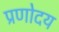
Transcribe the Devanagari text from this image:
प्रणोदय